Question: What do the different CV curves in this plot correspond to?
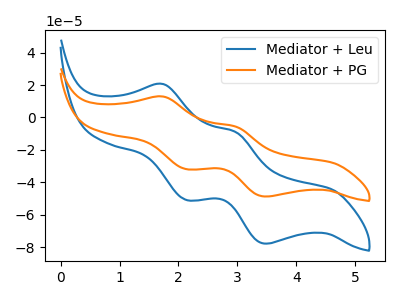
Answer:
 <answer>The blue curve is labeled "Mediator + Leu". The orange curve is labeled "Mediator + PG".</answer>
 <eval></eval>